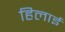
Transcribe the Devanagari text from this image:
हिलाई